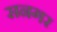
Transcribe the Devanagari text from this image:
सनगर